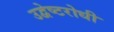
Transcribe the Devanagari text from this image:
उद्वेष्टरोधी